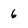
Character: 6